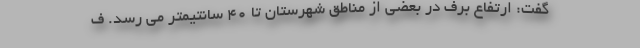
گفت: ارتفاع برف در بعضی از مناطق شهرستان تا ۴۰ سانتیمتر می رسد. ف